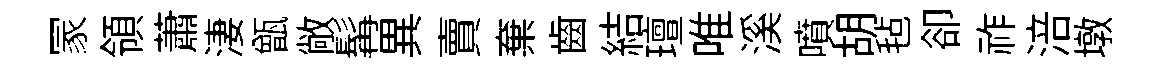
冡領蕭淒甑敞髯異賣棄齒結璮唯溪噴胡毡卻祚涪墩